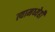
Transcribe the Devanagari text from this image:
त्यामध्येही